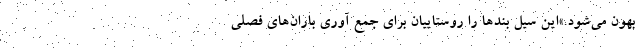
بهون می‌شود.»این سیل بندها را روستاییان برای جمع آوری باران‌های فصلی